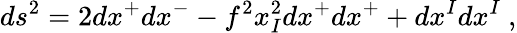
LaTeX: ds^{2}=2dx^{+}dx^{-}-f^{2}x_{I}^{2}dx^{+}dx^{+}+dx^{I}dx^{I}~,